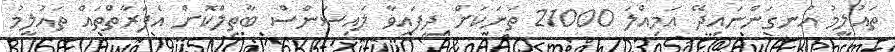
ތައުލީމު އުނގަންނައިދޭ އަމިއްލަ 21000 ތަނަކަށް ދީފައިވާ ލައިސަންސް ބާތިލްކޮށް އެފަރާތްތައް ތައުލީމު